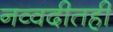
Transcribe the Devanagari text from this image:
नव्वदीतही